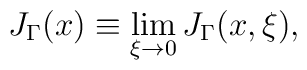
J_{\Gamma}(x)\equiv\lim_{\xi\to 0} J_{\Gamma}(x,\xi),